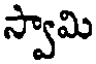
స్వామి